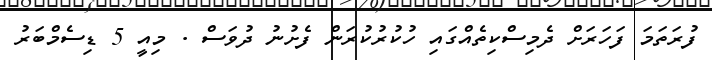
ފުރަތަމަ ފަހަރަށް ދެމިސްކިތެއްގައި ހުކުރުކުރަން ފެށުނު ދުވަސް . މިއީ 5 ޑިސެމްބަރު